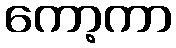
ကော့ကာ